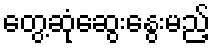
တွေ့ဆုံဆွေးနွေးမည့်